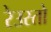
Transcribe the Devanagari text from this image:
रेउस्तो